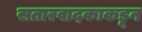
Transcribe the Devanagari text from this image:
सतारवादकाकडून